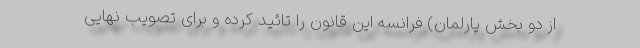
از دو بخش پارلمان) فرانسه این قانون را تائید کرده و برای تصویب نهایی